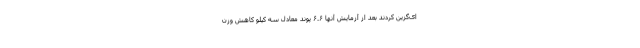
ای‌گزین کردند بعد از آزمایش آنها ۶.۶ پوند معادل سه کیلو کاهش وزن